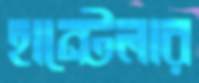
হান্টেলার